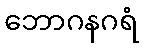
ဘောဂနဂရံ